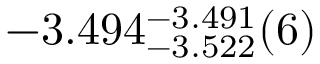
- 3 . 4 9 4 _ { - 3 . 5 2 2 } ^ { - 3 . 4 9 1 } ( 6 )